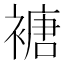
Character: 𮖩